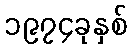
၁၉၇၄ခုနှစ်